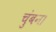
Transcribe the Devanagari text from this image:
चुंबन।